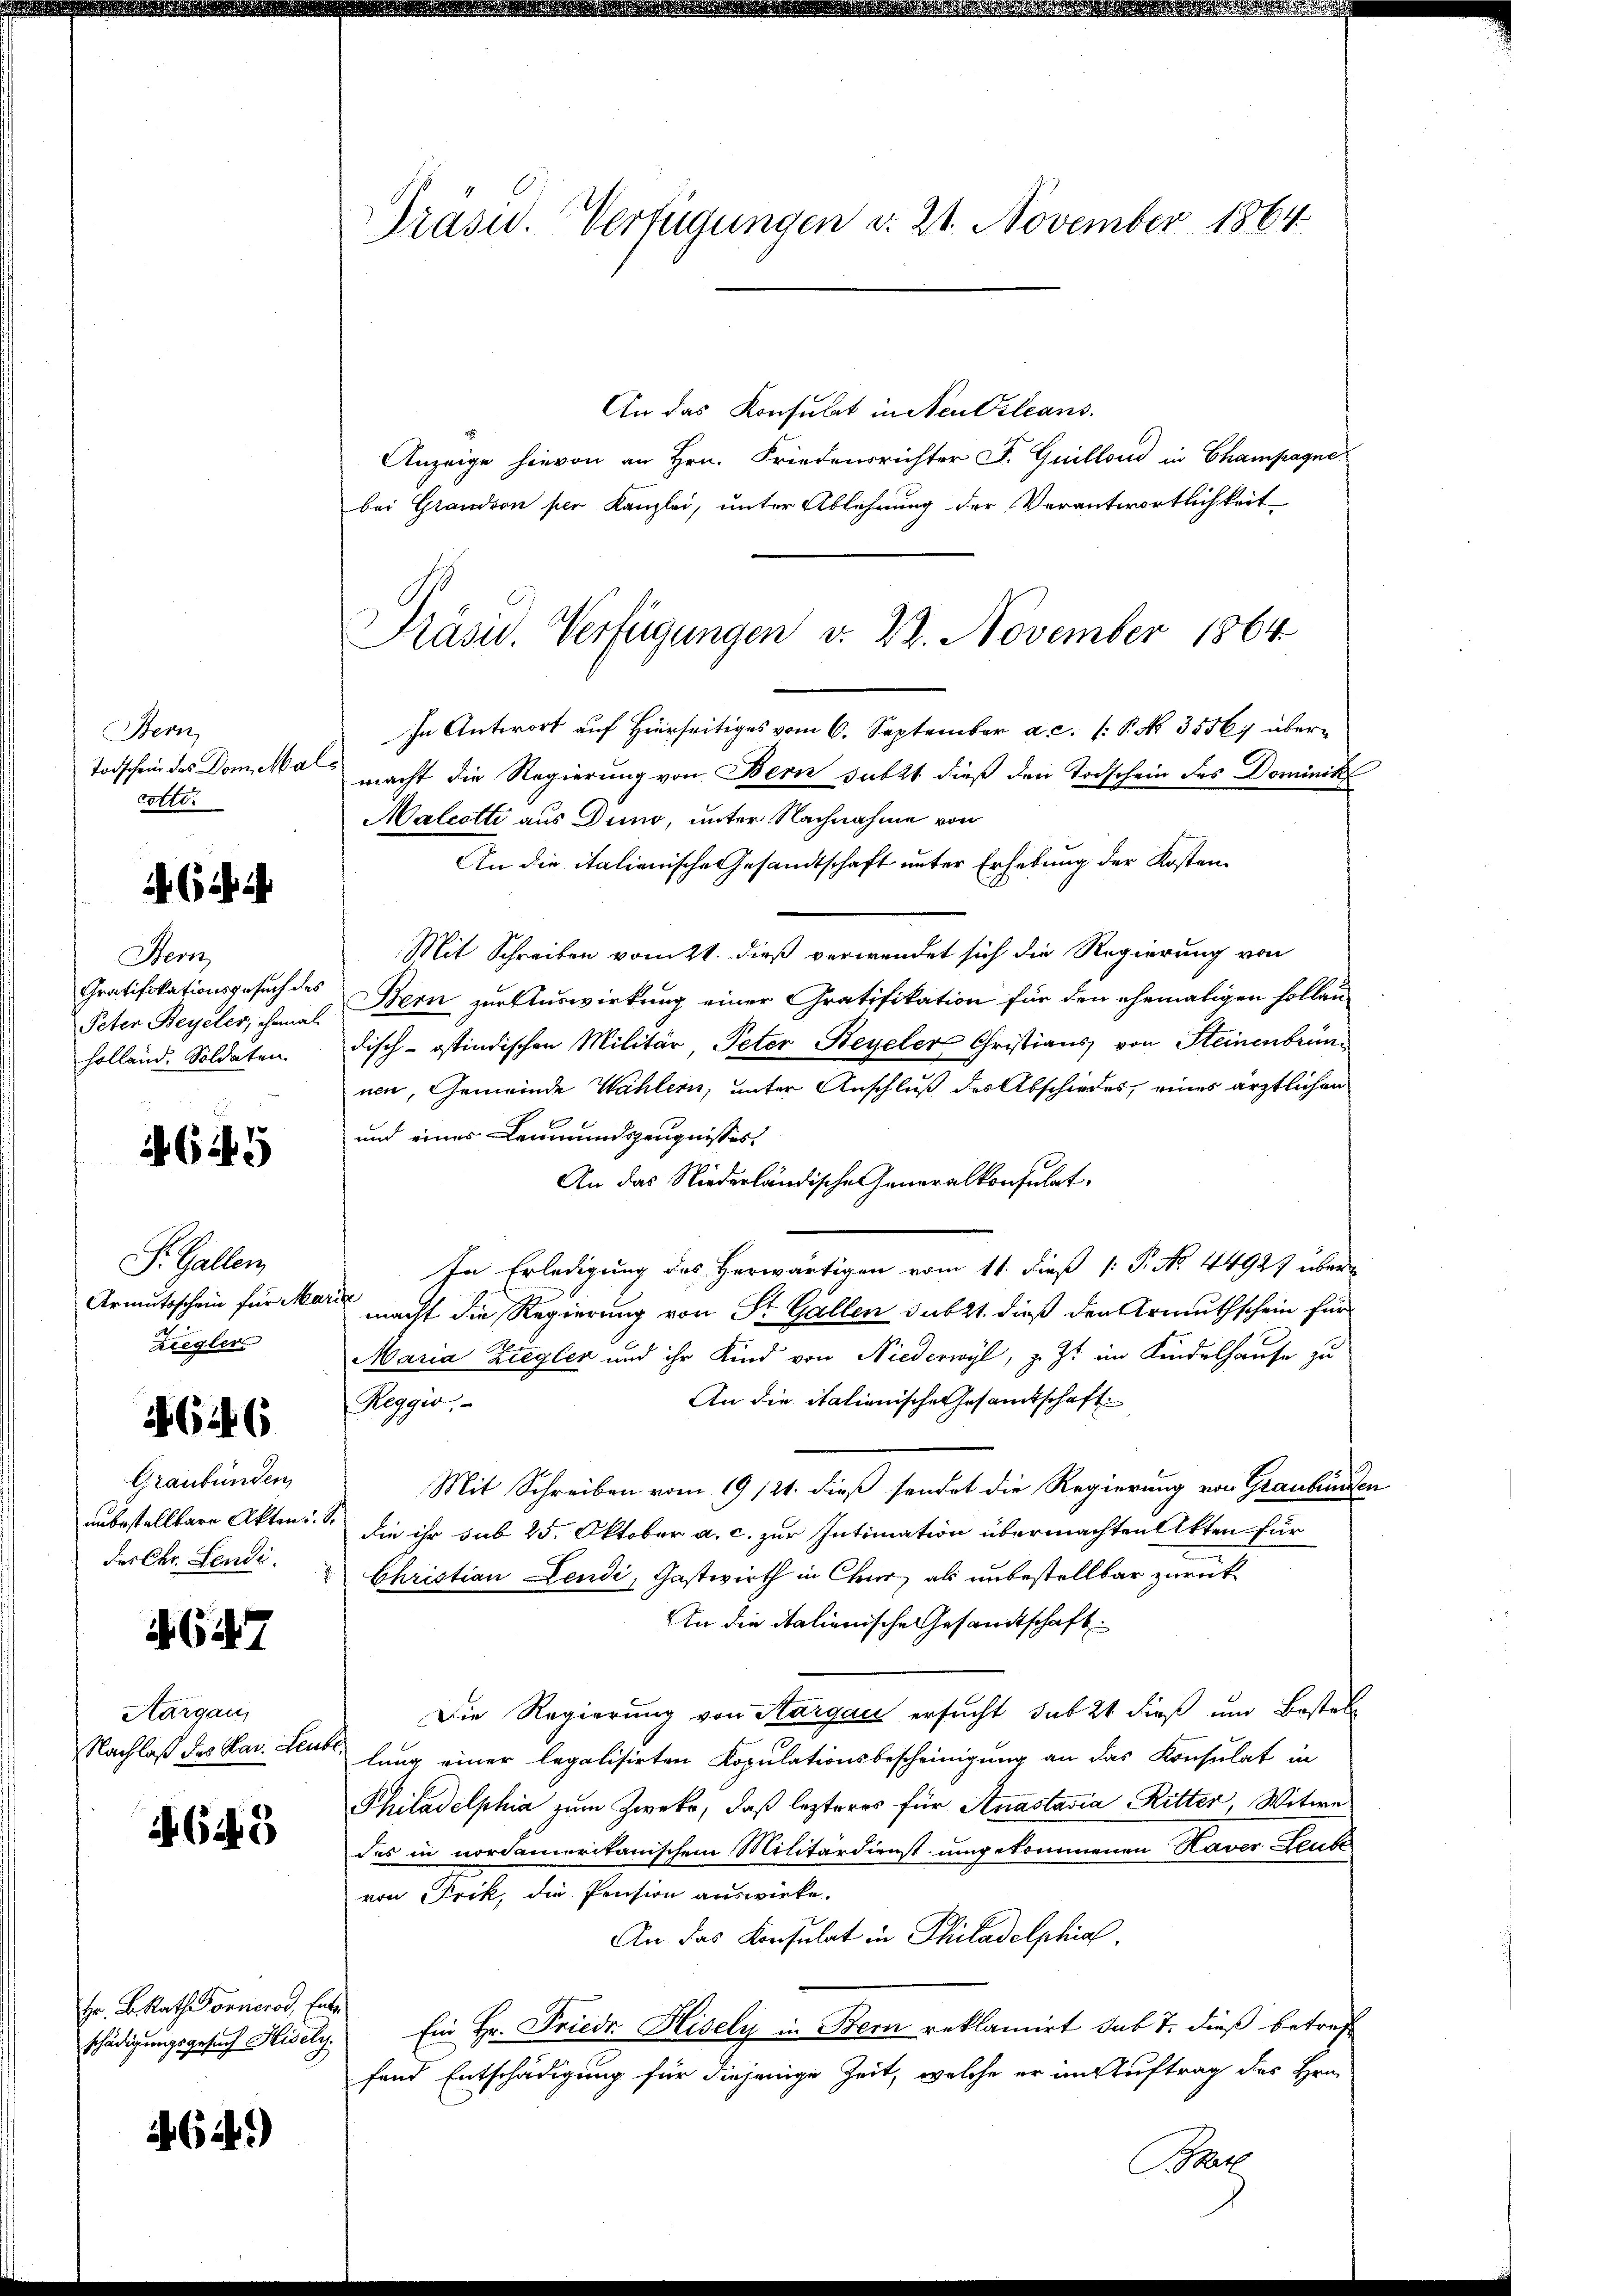
Bern
cotter

Sem
Gratifikationsgesuch des
holland. Soldaten

645

S. Gallen
Ziegler

646

Graubünden
des Chr. Sendi.

4647

Aargau,

645

Hr. B. Rath Sonnerod, Ent

64.)

Präsid. Verfügungen d. 21. November 1864

An das Konsulat in Neu Orleans
Anzeige hievon an Hrn. Friedensrichter J. Guillon in Champagne
bei Grandson per Kanzlei, unter Ablehnung der Verantwortlichkeit
In Antwort auf Hierseitiges vom 6. September a.c. (: P. Nr. 3556 über¬
Todschein des Domka macht die Regierung von Bern subst dieß den Todschein des Dominik
Malcotti aus Duno, unter Nachnahme von
An die italienische Gesandtschaft unter Erhebung der Kosten¬
Mit Schreiben vom 21. dieß verwendet sich die Regierung von
Peter Beyeler, denes Bern zur Auswirkung einer Gratifikation für den ehemaligen Hollaudisch-östindischen Militär, Peter Regeler Christians von Steinenbrün
nen, Gemeinde Wahlern, unter Anschluß des Abschiedes, eines ärztlichen
und eines Leumundszeugnisses
An das Niederländische Generalkonsulat,
In Erledigung des Herwärtigen vom 11. dieß 1: P. No. 44927 über
Armutsschein für Mart nacht die Regierung von Sr. Gallen subst. dieß den Armuthschein für
Maria Ziegler und ihr Kind von Niederwyl, z. Zt. im Kindelhause zu
An die italienische Gesandtschaft
Reggio.
Mit Schreiben vom 19. 121. dieß sendet die Regierung von Graubünde
unbestelltere Akten die ihr sub 25. Oktober a. c. zur Intimation übermachten Akten für
Christian Lendi, Gastwirth in Chur, als unbestellbar zurück
An die italienische Gesandtschaft
Die Regierung von Aargau ersucht sub 24 dieß und Bestel
Nachlaß des Sav. Seiter lang einer legalisirten Kopulationsbescheinigung an das Konsulat in
Philadelphia zum Zweck, daß lezteres für Anastasia Ritter, Witwe
das in nordamerikanischem Militärdienst umgekommenen Haver Leube
von Frik, die Pension auswirke.
An das Konsulat in Philadelphial.
schädigungsgesuch Hisely. Ein Hr. Friede Hisely in Bern reklamirt sub 7. dieß betreff
fand Entschädigung für diejenige Zeit, welche er im Auftrag des Hrn.
BRat

Präsid. Verfügungen v. 22. November 1864